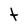
Character: t